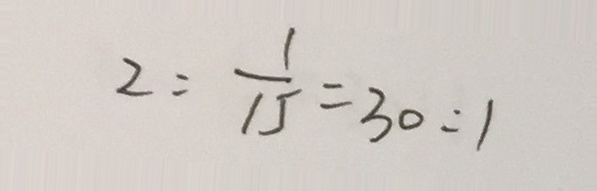
2 : \frac { 1 } { 1 5 } = 3 0 : 1